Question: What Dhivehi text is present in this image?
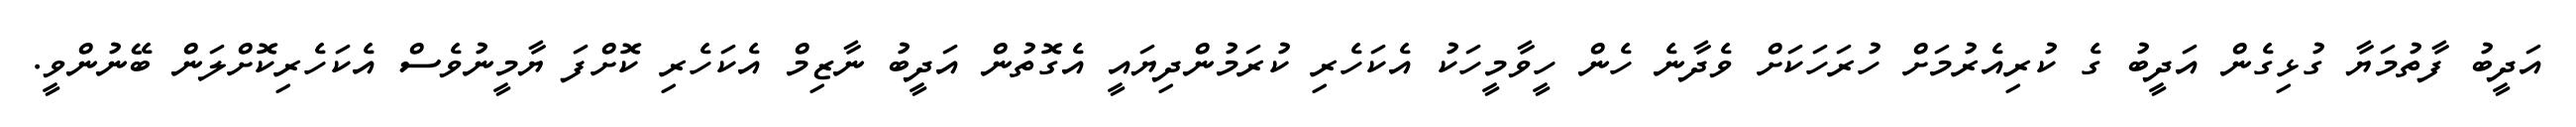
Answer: އަދީބު ފާތުމަޔާ ގުޅިގެން އަދީބު ގެ ކުރިއެރުމަށް ހުރަހަކަށް ވެދާނެ ހެން ހީވާމީހަކު އެކަހެރި ކުރަމުންދިޔައީ އެގޮތުން އަދީބު ނާޒިމް އެކަހެރި ކޮށްފަ ޔާމީނުވެސް އެކަހެރިކޮށްލަން ބޭނުންވީ.